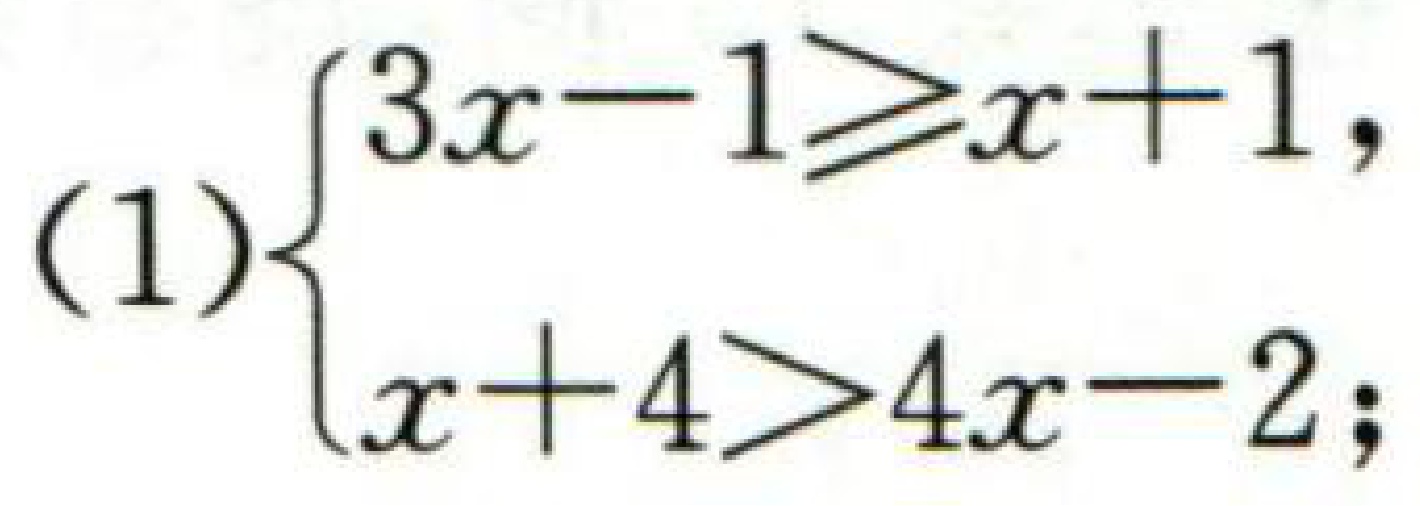
(1)$\begin{cases}3x - 1\geqslant x + 1,\\x + 4>4x - 2;\end{cases}$